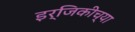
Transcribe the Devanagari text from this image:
इर्जिकीच्या